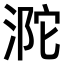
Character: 𣵻